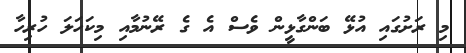
މި ރަށުގައި އުޅޭ ބަންގާޅީން ވެސް އެ ގެ ރޭނުމާއި މިކަހަލަ ހުރިހާ